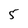
Character: 5